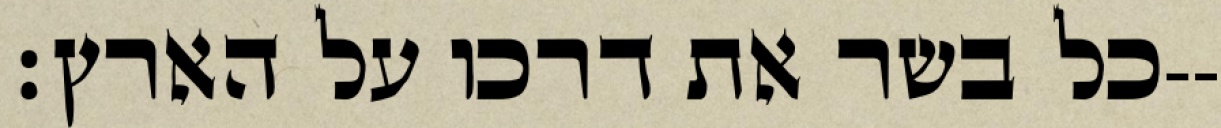
כל בשר את דרכו על הארץ׃--